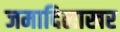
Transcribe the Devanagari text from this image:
जमादिलाखर